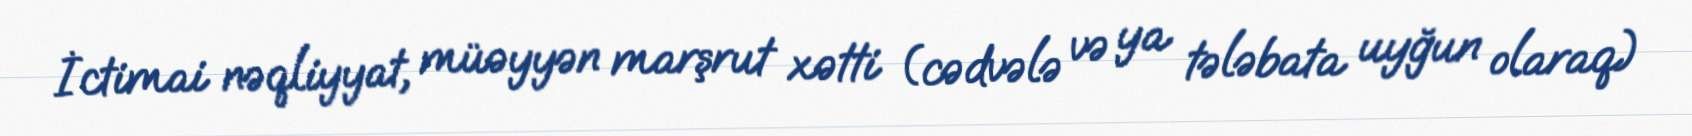
İctimai nəqliyyat, müəyyən marşrut xətti (cədvələ və ya tələbata uyğun olaraq)